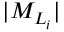
\vert { M } _ { { L } _ { i } } \vert